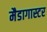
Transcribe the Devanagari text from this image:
मैडागास्टर